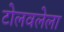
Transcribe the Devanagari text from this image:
टोलवलेला